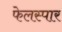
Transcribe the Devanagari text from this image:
फेलस्पार